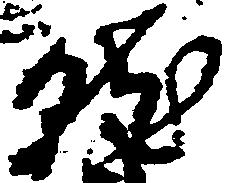
就